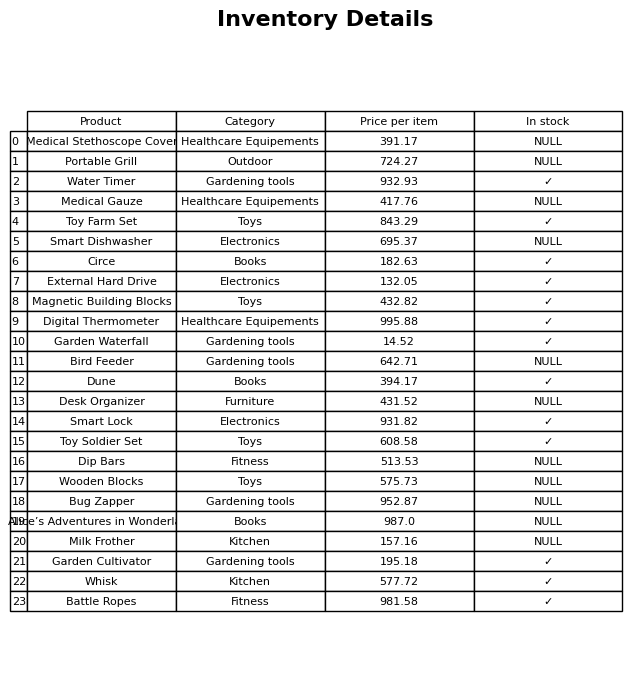
question: Is the Milk Frother in stock?
answer: NULL